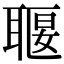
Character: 𦖧